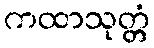
ကထာသုတ္တံ